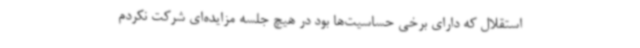
استقلال که دارای برخی حساسیت‌ها بود در هیچ جلسه مزایده‌ای شرکت نکردم